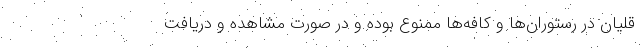
قلیان در رستوران‌ها و کافه‌ها ممنوع بوده و در صورت مشاهده و دریافت